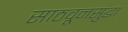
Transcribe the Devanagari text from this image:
साठवूनसुद्धा